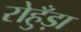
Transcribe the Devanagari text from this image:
रोहुँड़ा